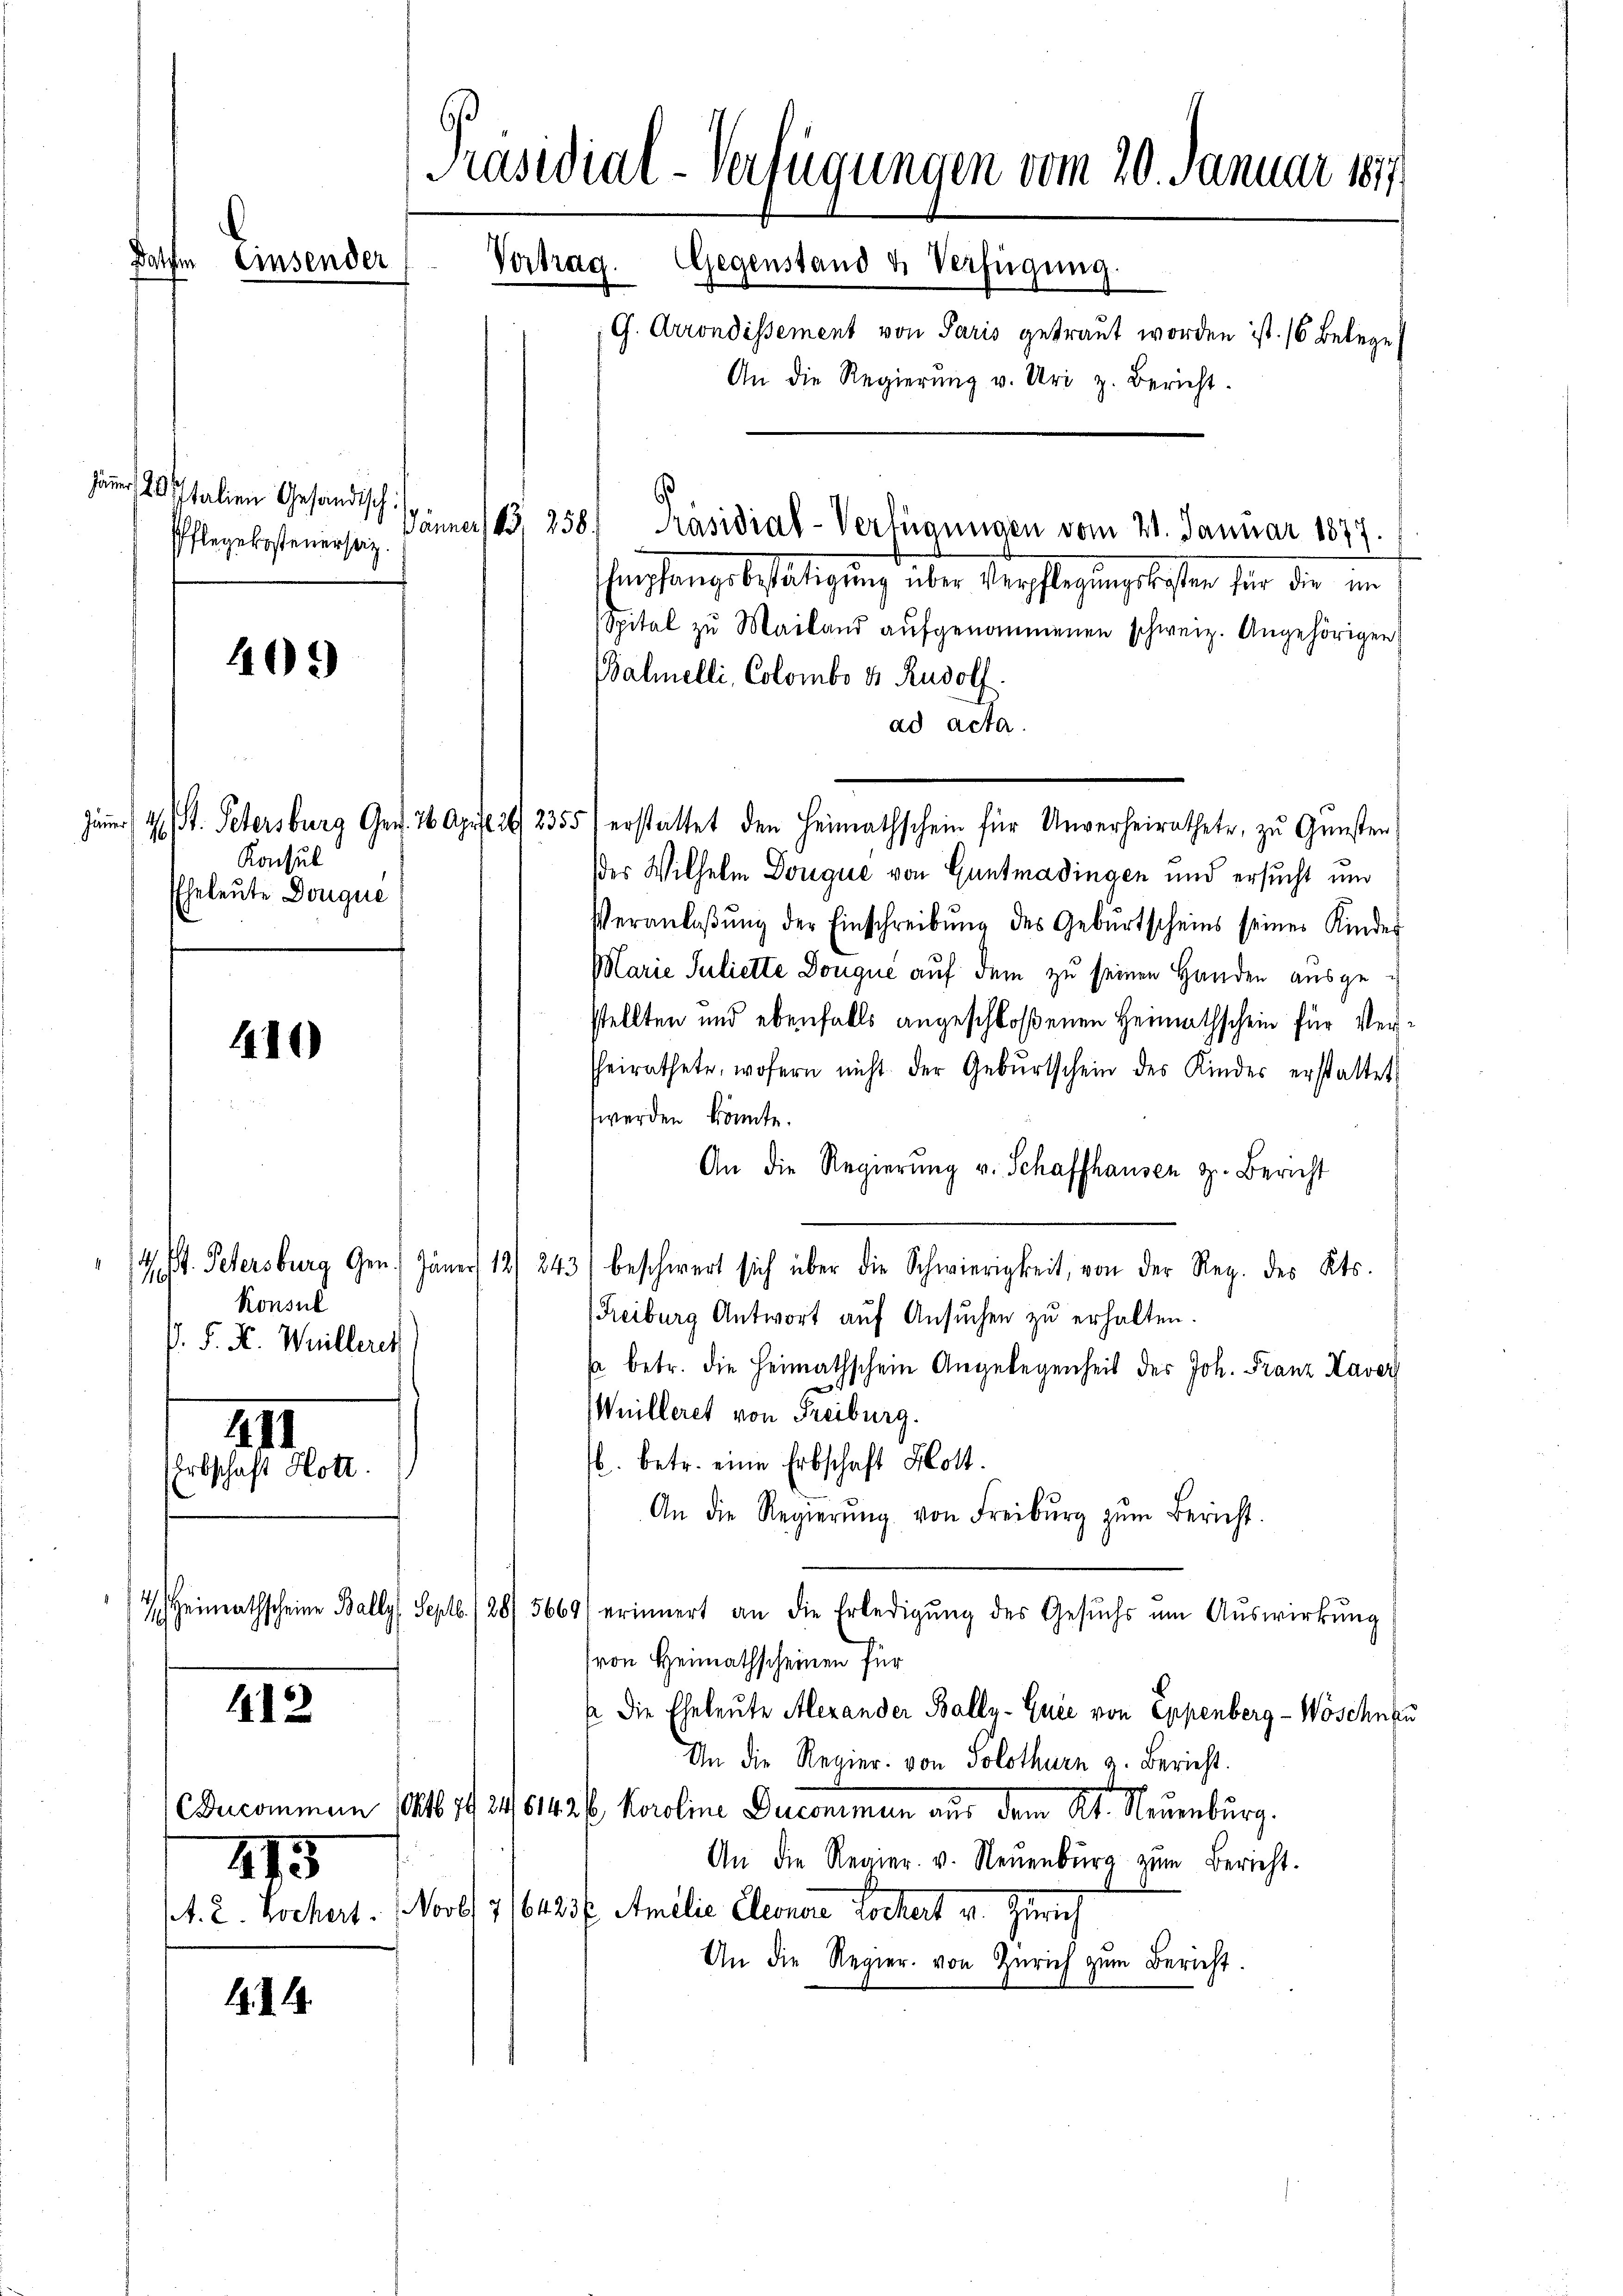
Dorf

Jäner 20 Italien Gesandtsch
Pflegekostenerseiz.

403)

Konsul
Eheleute Douque

410

III
EErbschaft Hott

Konsul
P. F. H. Weilleris

412

Bucommen

275
A. 2. Kochert.

19. d. 19.

Präsidial-Verfügungen vom 20. Januar 1877.
Einsender
Gegenstand u. Verfügung.
Vortrag.
G. Arrondissement von Paris getraut worden ist. 16 Belege
An die Regierŭng v. Uri z. Bericht.

Empfangsbestätigung über Verpflegungskosten für die im
Spital zŭ Mailand aŭfgenommenen schweiz. Angehörigen
Balmelli, Colombo & Rudolf
ad acta.
Jäner 4 St. Petersburg Ger. 26. April 26. 2355) erstattet den Heimathschein für Unverheirathete, zŭ Gŭnsten
der Wilhelm Donque von Guntmadingen und ersucht und
Veranlaβŭng der Einschreibŭng des Gebŭrtscheins seines Kinder
Marie Suliette Dougue auf dem zu seinen Handen ausge
stellten und ebenfalls angeschloßenen Heimathschein für Verheirathete, wofern nicht der Gebŭrtschein des Kinder erstattet,
werden könnte.
An die Regierung v. Schaffhausen z. Bericht
/. M. Petersburg Gen. Jäner 12/ 243) beschwert sich über die Schwierigkeit, von der Reg. des Kts.
(Freiburg Antwort auf Ansuchen zu erhalten.
sa betr. die Heimathschein Angelegenheit der Joh. Franz Haver
Wuilleret von Freiburg.
b. betr. eine Erbschaft Hott
An die Regierŭng von Freiburg zŭm Bericht.
4 Heimathscheine Bally, Septb. /28/5669) erinnert an die Erledigŭng des Gesŭch ŭm Aŭswirkŭng
(von Heimathscheinen für
p die Eheleute Alexander Bally-Quee von Eppenberg-Wöschnau
An die Regier von Solothurn z. Bericht.
Octb. 1. 34. 643 f. Karoline Ducommun aus dem Ab. Neuenburg.
An die Regier. v. Neuenburg zŭm Bericht.
Nool 71648 f. Amilie Eleonare Lochert v. Zürich
An die Regier. von Zürich zum Bericht.

Jänner 183, 258. Präsidial-Verfügungen vom 21. Januar 1877.